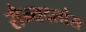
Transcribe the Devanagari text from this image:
सैन्यदलांस